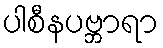
ပါစီနပဗ္ဘာရာ